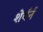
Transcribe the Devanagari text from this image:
शेर्बर्न